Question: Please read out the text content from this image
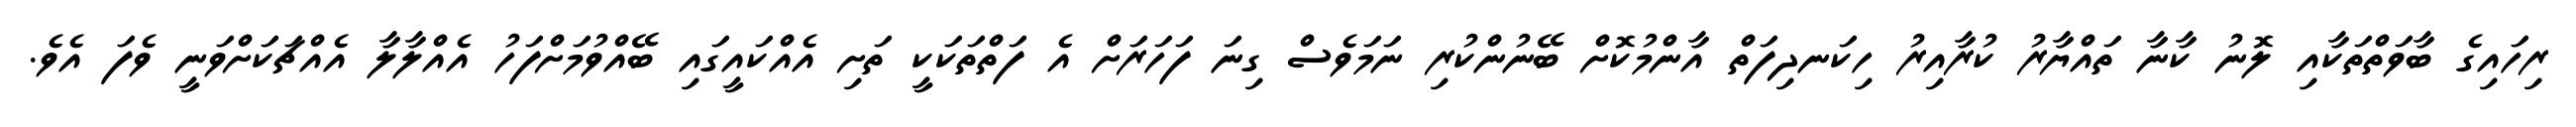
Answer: ރިހައިގެ ބާވަތްތަކާއި ލޮނު ކާނާ ތައްޔާރު ކުރާއިރު ހިކަނދިފަތް އާންމުކޮށް ބޭނުންކުރި ނަމަވެސް ގިނަ ފަހަރަށް އެ ފަތްތަކަކީ ތަށި އެއްކައީގައި ބޭއްވުމަށްފަހު އެއްލާލާ އެއްޗަކަށްވަނީ ވެފަ އެވެ.